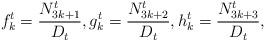
LaTeX: \begin{align*} f^{t}_k=\frac{N^t_{3k+1}}{D_t}, g^{t}_k=\frac{N^t_{3k+2}}{D_t}, h^{t}_k=\frac{N^t_{3k+3}}{D_t},\end{align*}